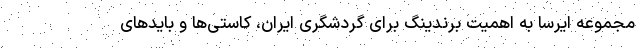
مجموعه ایرسا به اهمیت برندینگ برای گردشگری ایران، کاستی‌ها و بایدهای